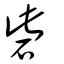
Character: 砦